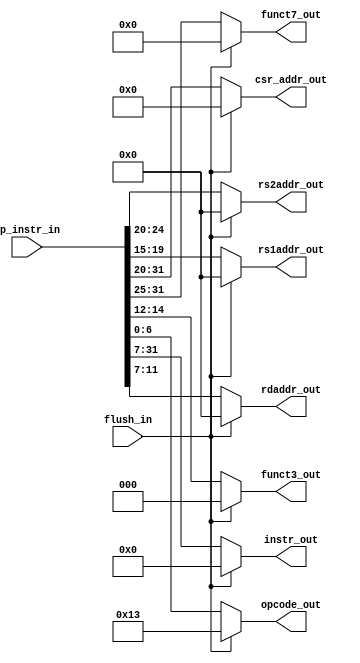
module instruction_mux(flush_in,mp_instr_in,opcode_out,funct3_out,funct7_out,rs1addr_out,rs2addr_out,rdaddr_out,csr_addr_out,instr_out);

	input flush_in;
	input [31:0] mp_instr_in;

	output reg [6:0] opcode_out;
	output reg [2:0] funct3_out;
	output reg [6:0] funct7_out;
	output reg [4:0] rs1addr_out;
	output reg [4:0] rs2addr_out;
	output reg [4:0] rdaddr_out;
	output reg [11:0] csr_addr_out;
	output reg [31:7] instr_out;

	reg [31:0] fl_h=32'h00000013;

		always@(*)
			begin 
				if(flush_in == 1'b1)
					begin 
						opcode_out = fl_h[6:0];
						funct3_out = fl_h[14:12];
						funct7_out = fl_h[31:25];
						csr_addr_out = fl_h[31:20];
						rs1addr_out = fl_h[19:15];
						rs2addr_out = fl_h[24:20];
						rdaddr_out = fl_h[11:7];
						instr_out = fl_h[31:7];
					end 
				else 
					begin 
						opcode_out = mp_instr_in[6:0];
						funct3_out = mp_instr_in[14:12];
						funct7_out = mp_instr_in[31:25];
						csr_addr_out = mp_instr_in[31:20];
						rs1addr_out = mp_instr_in[19:15];
						rs2addr_out = mp_instr_in[24:20];
						rdaddr_out = mp_instr_in[11:7];
						instr_out = mp_instr_in[31:7];
					end 
			end 
endmodule